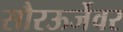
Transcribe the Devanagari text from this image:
सौरऊर्जेवर